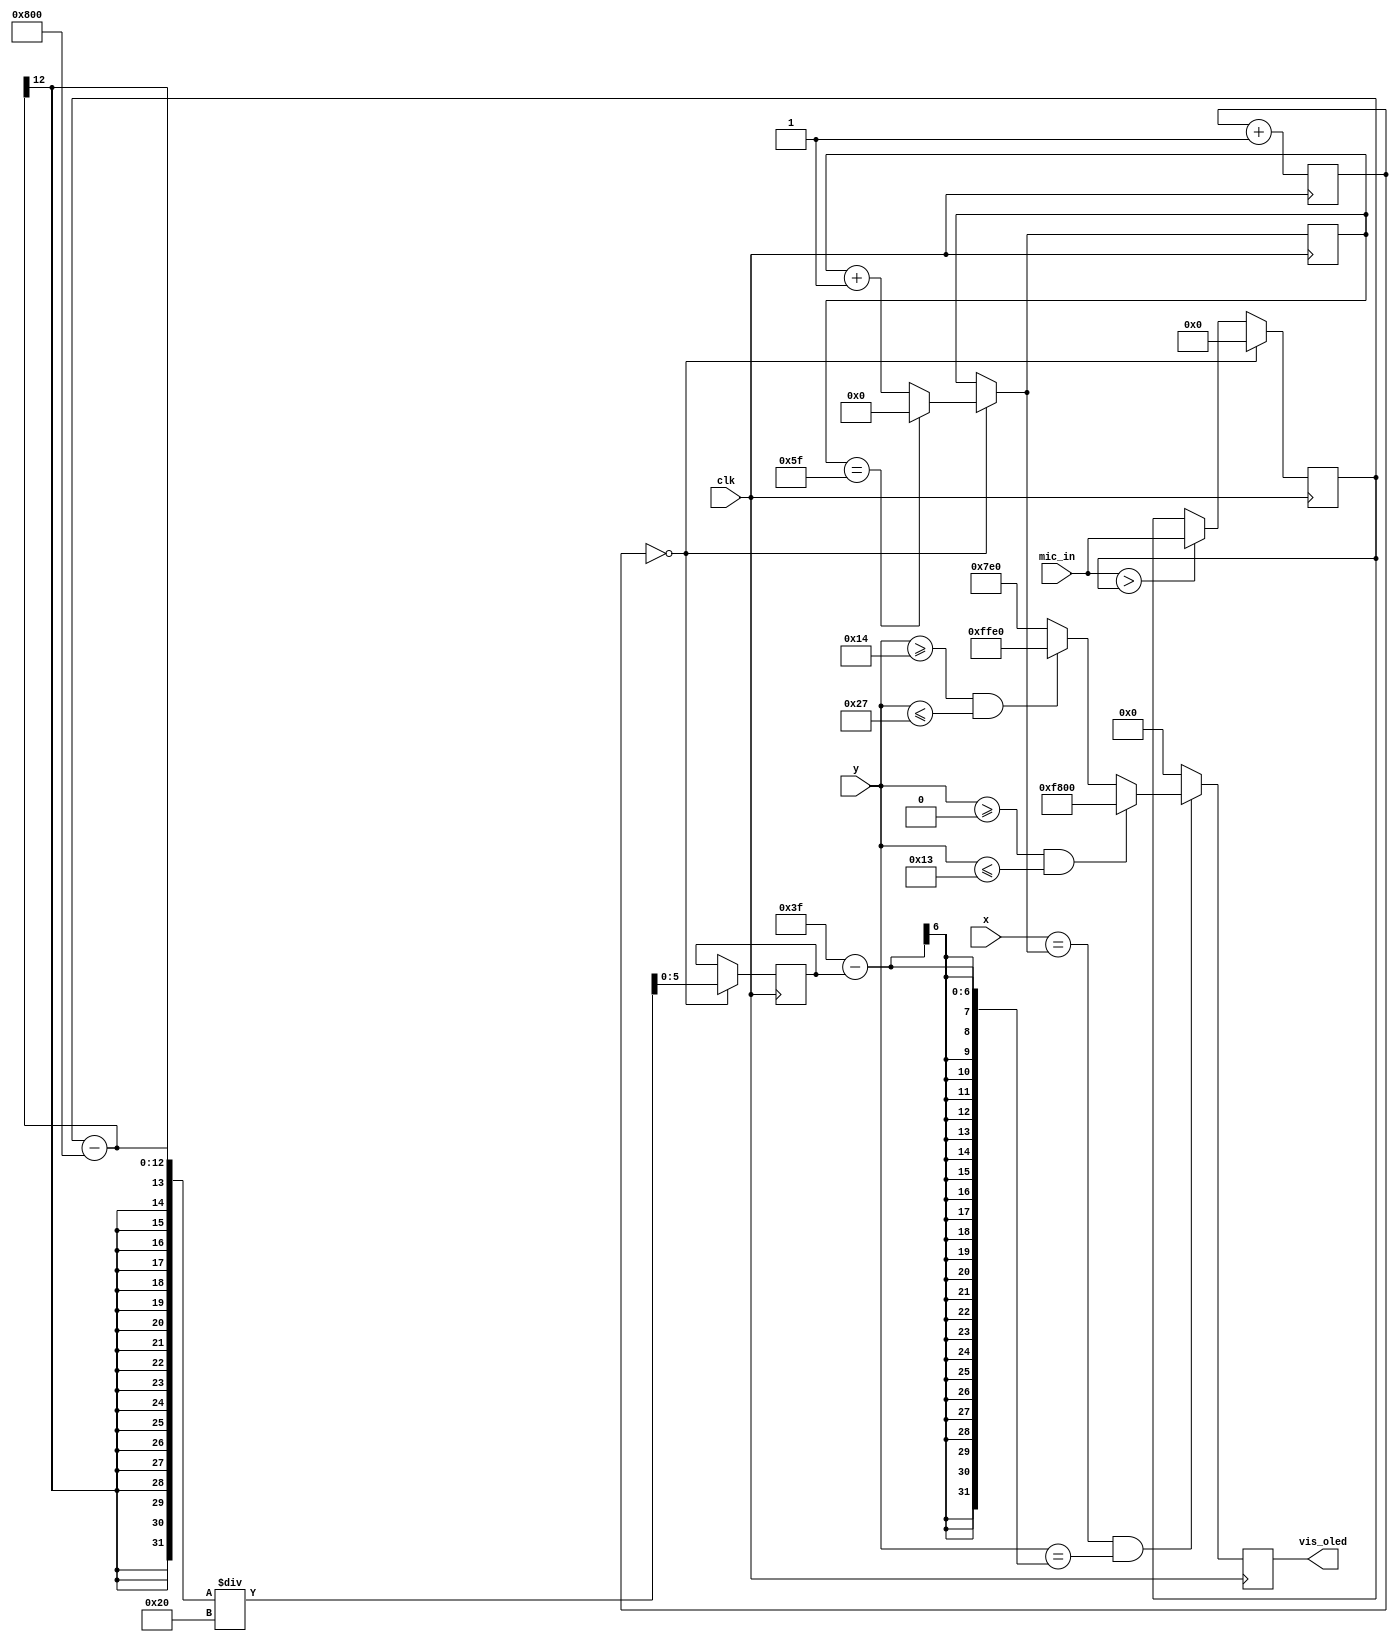
`timescale 1ns / 1ps

module visualizer(input clk, input [11:0] mic_in, input [6:0] x, input [5:0] y, output reg [15:0] vis_oled);
    reg [5:0] map_y = 0; // 64 values along y-axis
    reg [6:0] x_ctr = 0; // 8 bits, but only count from 0 to 95
    
    reg [5:0] y1 = 0;
    reg [5:0] y2 = 0;
    reg [5:0] y3 = 0;
    reg [5:0] y4 = 0;
    reg [5:0] y5 = 0;
    
    reg [23:0] clock_2s = 0;
    reg [11:0] max = 0;
    
    always @ (posedge clk) begin
        clock_2s <= clock_2s + 1;
        
        // Obtain max value from mic_in
        if (mic_in > max) begin
            max <= mic_in;
        end
        
        if (clock_2s == 0) begin
            map_y <= (max - 2048) / 32; // Get value to map along y-axis of display
            max <= 0;
            
            if (x_ctr == 95) begin
                x_ctr = 0;
            end
            else begin
               x_ctr <= x_ctr + 1;
            end
        end
        
        if (x == x_ctr && y == (63 - map_y)) begin
            if (y >= 0 && y <= 19)
                vis_oled <= 16'b1111100000000000; // Green
            else if (y >= 20 && y <= 39)
                vis_oled <= 16'b1111111111100000; // Yellow
            else
                vis_oled <= 16'b0000011111100000; // Red
        end
        else begin
            vis_oled <= 16'b0000000000000000;
        end
    end
endmodule